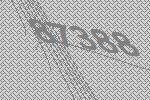
87388